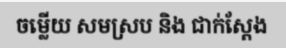
ចម្លើយ សមស្រប និង ជាក់ស្តែង